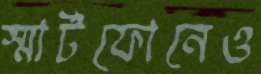
স্মার্টফোনেও